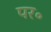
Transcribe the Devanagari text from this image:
पर॰